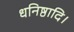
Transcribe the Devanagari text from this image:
धनिष्ठादि।